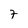
Character: 7